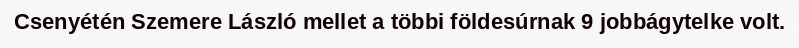
Csenyétén Szemere László mellet a többi földesúrnak 9 jobbágytelke volt.